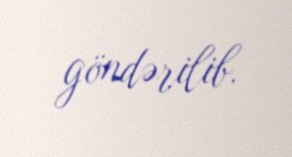
göndərilib.